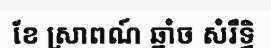
ខែ ស្រាពណ៍ ឆ្នាំច សំរឹទ្ធិ